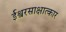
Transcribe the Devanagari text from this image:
ईश्वरसाक्षात्कार